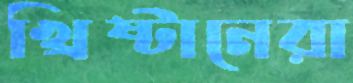
খ্রিষ্টানেরা